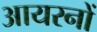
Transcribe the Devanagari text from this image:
आयरनों